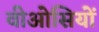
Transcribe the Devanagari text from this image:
वीओसियों